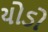
યોડો